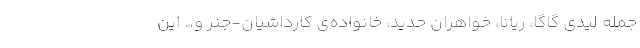
جمله لیدی گاگا، ریانا، خواهران حدید، خانواده‌ی کارداشیان-جنر و… این